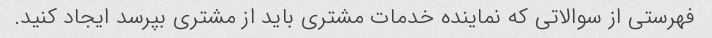
فهرستی از سوالاتی که نماینده خدمات مشتری باید از مشتری بپرسد ایجاد کنید.